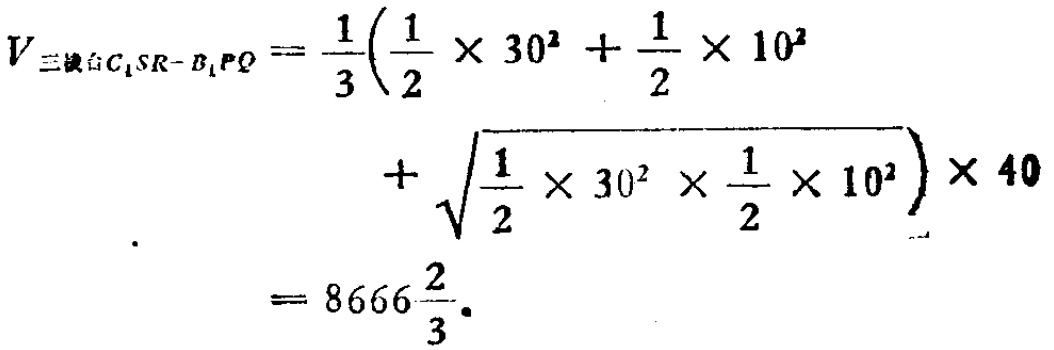
\[

V_{三棱台C_{1}SR - B_{1}PQ}=\frac{1}{3}\left(\frac{1}{2}\times30^{2}+\frac{1}{2}\times10^{2}+\sqrt{\frac{1}{2}\times30^{2}\times\frac{1}{2}\times10^{2}}\right)\times40 = 8666\frac{2}{3}

\]